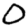
Digit: 0